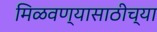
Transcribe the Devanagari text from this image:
मिळवण्यासाठीच्या